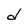
Character: d